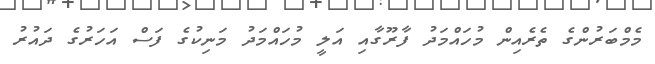
މެމްބަރުންގެ ތެރެއިން މުހައްމަދު ފާރޫގާއި އަލީ މުހައްމަދު މަނިކުގެ ފަސް އަހަރުގެ ދައުރު